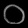
Digit: ၀